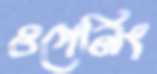
ওপেনিং